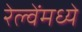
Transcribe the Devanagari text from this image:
रेल्वेंमध्ये